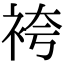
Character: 袴